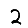
Digit: 2